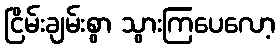
ငြိမ်းချမ်းစွာ သွားကြပေလော့